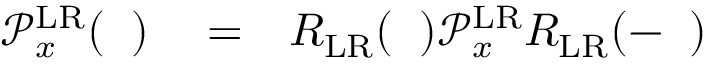
\begin{array} { r l r } { \mathcal { P } _ { x } ^ { \mathrm { L R } } ( { \it \Delta \phi } ) } & { { } = } & { R _ { \mathrm { L R } } ( { \it \Delta \Psi } ) \mathcal { P } _ { x } ^ { \mathrm { L R } } R _ { \mathrm { L R } } ( - { \it \Delta \Psi } ) } \end{array}